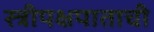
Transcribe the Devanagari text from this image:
स्त्रीपक्षपाताची